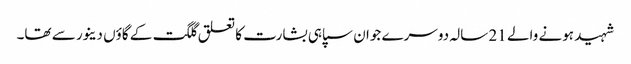
شہید ہونے والے 21 سالہ دوسرے جوان سپاہی بشارت کا تعلق گلگت کے گاؤں دینور سے تھا۔